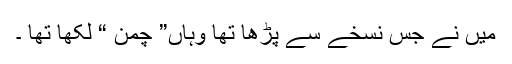
میں نے جس نسخے سے پڑھا تھا وہاں” چمن “ لکھا تھا ۔